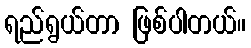
ရည်ရွယ်တာ ဖြစ်ပါတယ်။